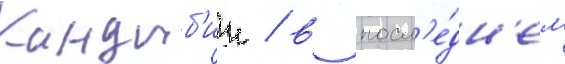
Кандыб'ин / в посл'е́дн'ем